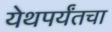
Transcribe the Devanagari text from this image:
येथपर्यंतचा